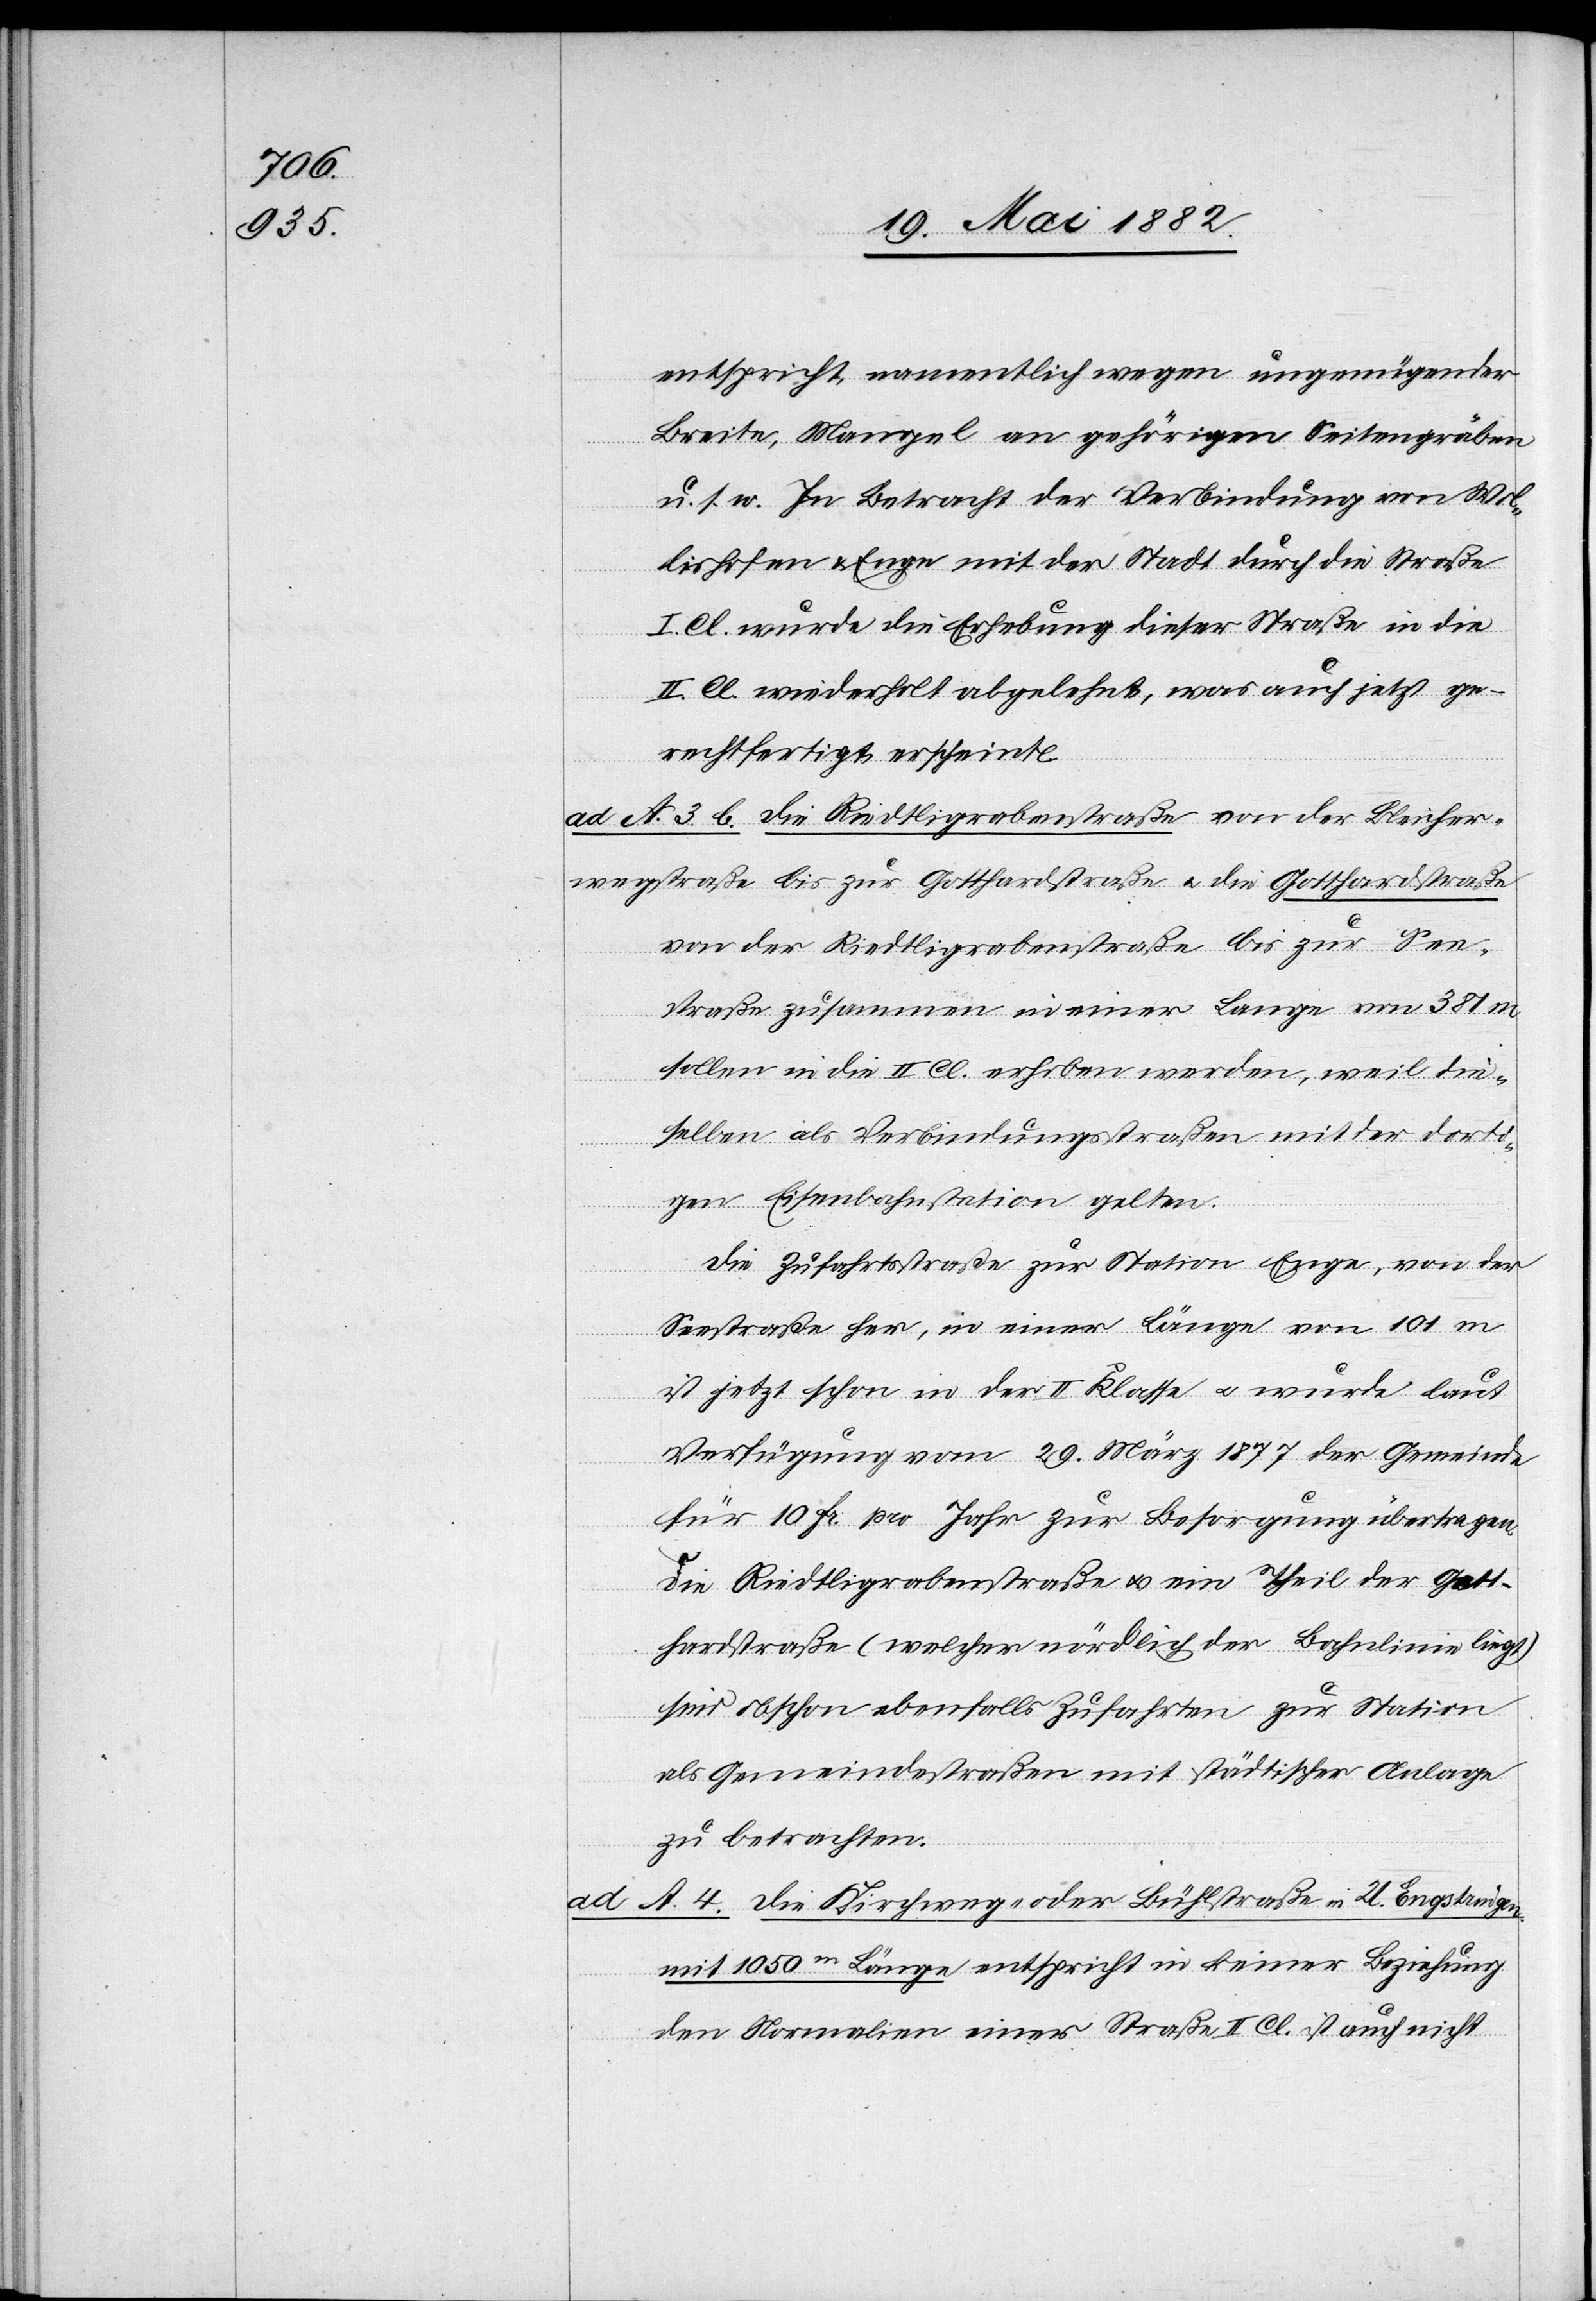
entspricht, namentlich wegen ungenügender
Breite, Mangel an gehörigen Seitengräben
u. s. w. In Betracht der Verbindung von Wol¬
lishofen & Enge mit der Stadt durch die Straße
I. Cl. wurde die Erhebung dieser Straße in die
II. Cl. wiederholt abgelehnt, was auch jetzt ge¬
rechtfertigt erscheint.
ad A. 3. b. Die Riedtligrabenstraße von der Bleicher¬
wegstraße bis zur Gotthardstraße u. die Gotthardstraße
von der Riedtligrabenstraße bis zur See¬
straße zusammen in einer Länge von 381 m
sollen in die II. Cl. erhoben werden, weil die¬
selben als Verbindungsstraßen mit der dorti¬
gen Eisenbahnstation gelten.
Die Zufahrtsstraße zur Station Enge, von der
Seestraße her, in einer Länge von 101 m
ist jetzt schon in der II. Klasse u. wurde laut
Verfügung vom 29. März 1877 der Gemeinde
für 10 Fr. pro Jahr zur Besorgung übertragen.
Die Riedtligrabenstraße u. ein Theil der Gott¬
hardstraße (welcher nördlich der Bahnlinie liegt)
sind obschon ebenfalls Zufahrten zur Station
als Gemeindestraßen mit städtischer Anlage
zu betrachten.
A. 4. Die Kirchweg- oder Bühlstraße in U. Engstringen
mit 1050m Länge entspricht in keiner Beziehung
den Normalien einer Straße II. Cl. & ist auch nicht